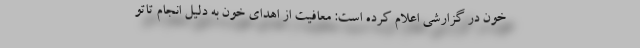
خون در گزارشی اعلام کرده است: معافیت از اهدای خون به دلیل انجام تاتو